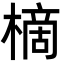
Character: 樀